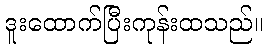
ဒူးထောက်ပြီးကုန်းထသည်။